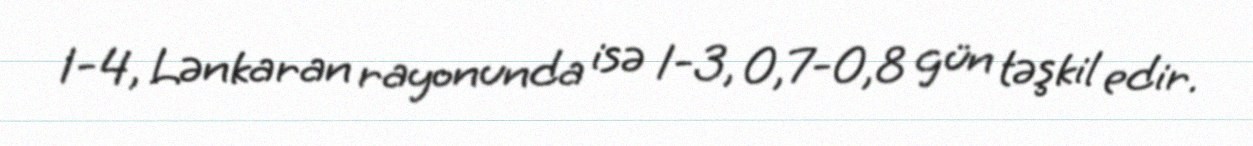
1-4, Lənkaran rayonunda isə 1-3, 0,7-0,8 gün təşkil edir.